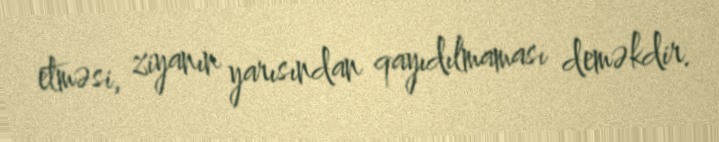
etməsi, ziyanın yarısından qayıdılmaması deməkdir.